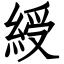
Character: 綬